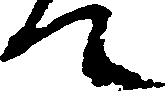
て